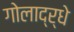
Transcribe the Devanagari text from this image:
गोलाद्र्धे